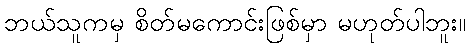
ဘယ်သူကမှ စိတ်မကောင်းဖြစ်မှာ မဟုတ်ပါဘူး။